Vaccination report Assam 1896-1927 - 1896-1927
Year: 1896
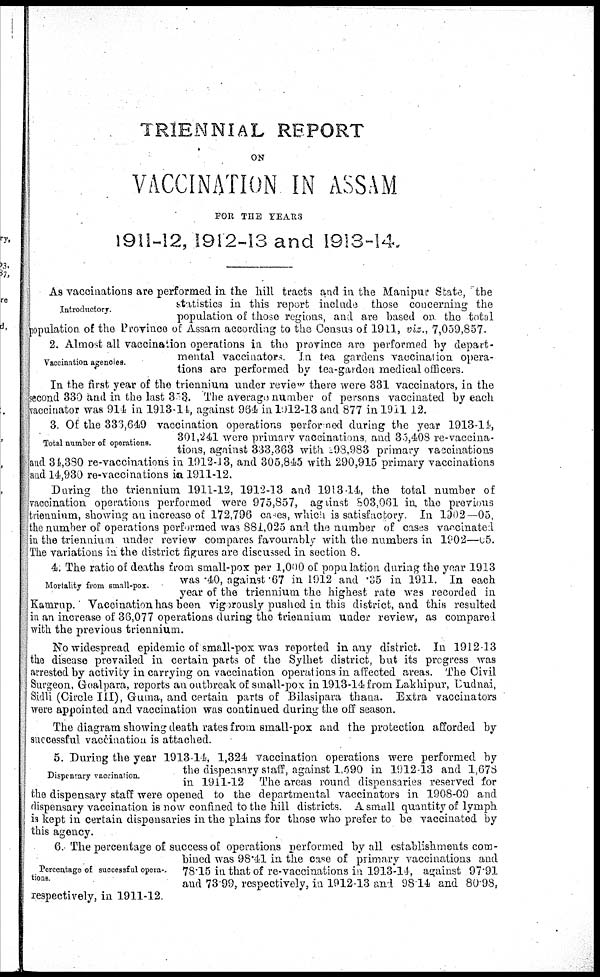
TRIENNIAL REPORT
ON
VACCINATION IN ASSAM
FOR THE YEARS
1911-12, 1912-13 and 1913-14.
Introductory.
As vaccinations are performed in the hill tracts and in the Manipur State, the
statistics in this report include those concerning the
population of those regions, and are based on the total
population of the Province of Assam according to the Census of 1911, viz., 7,059,857.
Vaccination agencies.
2. Almost all vaccination operations in the province are performed by depart-
mental vaccinators. In tea gardens vaccination opera-
tions are performed by tea-garden medical officers.
In the first year of the triennium under review there were 331 vaccinators, in the
second 330 and in the last 353. The average number of persons vaccinated by each
vaccinator was 914 in 1913-14, against 964 in l912-13 and 877 in 1911-12.
Total number of operations.
3. Of the 336,649 vaccination operations performed during the year 1913-14,
301,241 were primary vaccinations, and 35,408 re-vaccina-
tions, against 333,363 with 98,983 primary vaccinations
and 34,380 re-vaccinations in 1912-13, and 305,845 with 290,915 primary vaccinations
and 14,930 re-vaccinations in 1911-12.
During the triennium 1911-12, 1912-13 and 1913-14, the total number of
vaccination operations performed were 975,857, against 803,061 in the previous
triennium, showing an increase of 172,796 cases, which is satisfactory. In 1902—03,
the number of operations performed was 881,025 and the number of cases vaccinated
in the triennium under review compares favourably with the numbers in 1902—05.
The variations in the district figures are discussed in section 8.
Mortality from small-pox.
4. The ratio of deaths from small-pox per 1,000 of population during the year 1913
was .40, against .67 in 1912 and .35 in 1911. In each
year of the triennium the highest rate was recorded in
Kamrup. Vaccination has been vigorously pushed in this district, and this resulted
in an increase of 36,077 operations during the triennium under review, as compared
with the previous triennium.
No widespread epidemic of small-pox was reported in any district. In 1912-13
the disease prevailed in certain parts of the Sylhet district, but its progress was
arrested by activity in carrying on vaccination operations in affected areas. The Civil
Surgeon, Goalpara, reports an outbreak of small-pox in 1913-14 from Lakhipur, Dudnai,
Sidli (Circle III), Guma, and certain parts of Bilasipara thana. Extra vaccinators
were appointed and vaccination was continued during the off season.
The diagram showing death rates from small-pox and the protection afforded by
successful vaccination is attached.
Dispensary vaccination.
5. During the year 1913-14, 1,324 vaccination operations were performed by
the dispensary staff, against 1,590 in 1912-13 and 1,678
in 1911-12 The areas round dispensaries reserved for
the dispensary staff were opened to the departmental vaccinators in 1908-09 and
dispensary vaccination is now confined to the hill districts. A small quantity of lymph
is kept in certain dispensaries in the plains for those who prefer to be vaccinated by
this agency.
Percentage of successful opera¬
tions.
6. The percentage of success of operations performed by all establishments com-
bined was 98.41 in the case of primary vaccinations and
78.15 in that of re-vaccinations in 1913-14, against 97.91
and 73.99, respectively, in 1912-13 and 98.14 and 80.98,
respectively, in 1911-12.